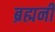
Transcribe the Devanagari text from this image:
ब्रह्मनी